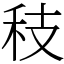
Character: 秓